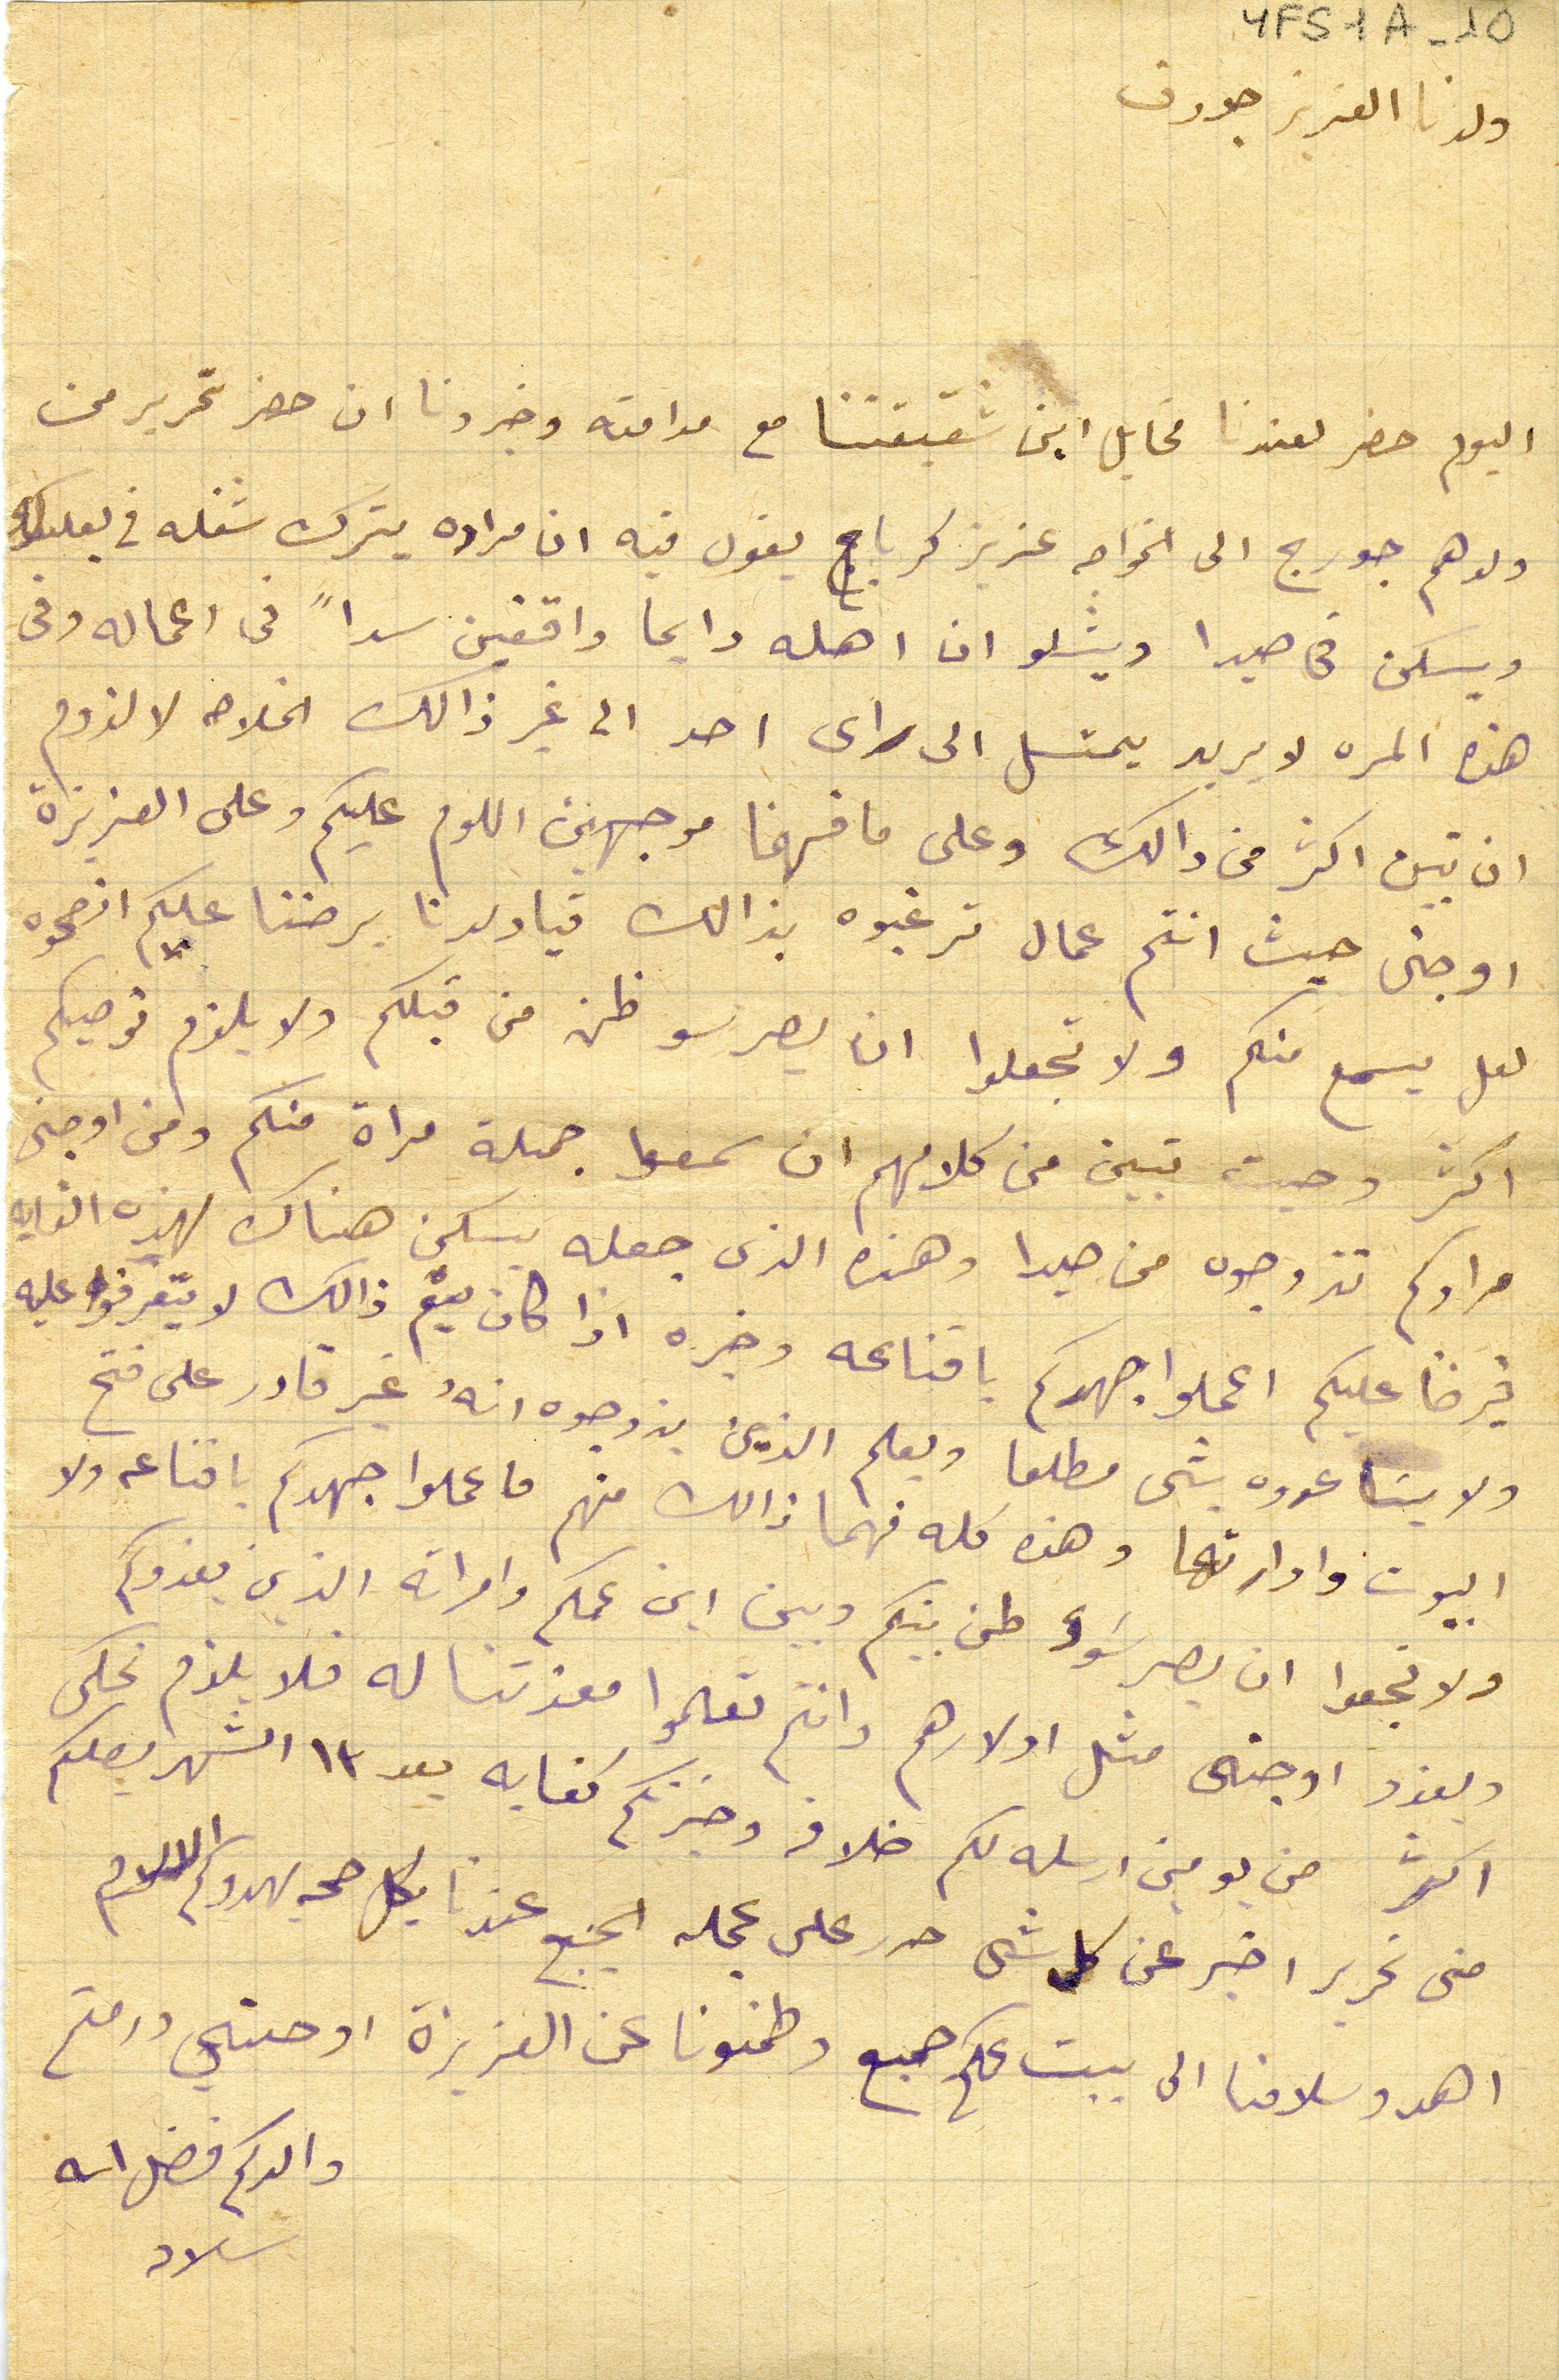
YFS1A-10
ولدنا العزيز جوزف
اليوم حضر لعندنا مخايل ابن شقيقتنا مع مدامته وخبرونا ان حضر تحرير من
ولدهم جورج الى الخواجه عزيز كرباج يقول فيه ان مراده يترك شغله في بعلبك
ويسكن فى صيدا ويشلو ان اهله دايما واقفين سداً فى اعماله وفى
هذه المره لا يريد يمثل الى راى احد الى غير ذالك الخلاصه لا لزوم
ان تبين اكثر من دالك وعلى ما فهمنا موجهين اللوم عليكم وعلى العزيزة
اوجنى حيث انتم عمال ترغبوه بذالك فيا ولدنا برضنا عليكم انصحوه
لعل يسمع منكم ولا تجعلوا يصر سو ظن من قبلكم ولا يلزم توصيكم
اكثر وحيث تبين من كلامهم ان سمعوا جملة مراة منكم ومن اوجنى
مرادكم تزوجوه من صيدا وهذه الذى جعله يسكن هناك لهذه الغايه
فيرضا عليكم اعملوا جهدكم باقناعه اذا كان يتم ذالك لا يتعرفوا عليه
ولايسَاعدوه شى مطلعا ويعلم الذين يزوجوه انهُ غير قادر على فتح
البيوت وادارتها وهذه كله فهما ذالك منهم فاعملوا جهدكم باقناعه ولا
ولا تجعوا ان يصير سَوء طن بينكم وبين ابن عمكم وامراته الذين يغدوكم
ويغدو اوجنى مثل اولادهم وانتم تعلموا معزتنا له فلا يلزم نحكى
اكثر من يومين ارسله لكم خلافه وخبرتكم كفايه بعد ١٣ الشهر يصلكم

منى تحرير اخير عن كل شى حرر على عجله الجميع عندنا بكل صحه يهدوكم الاسلام
اهدو سلامنا الى بيت عمكم جميع وطمنونا عن العزيزة اوجني ودمتم
والدكم فضل الله
سلامه